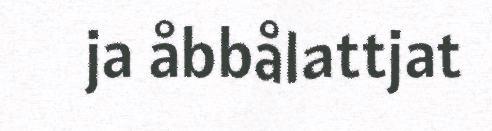
ja åbbålattjat